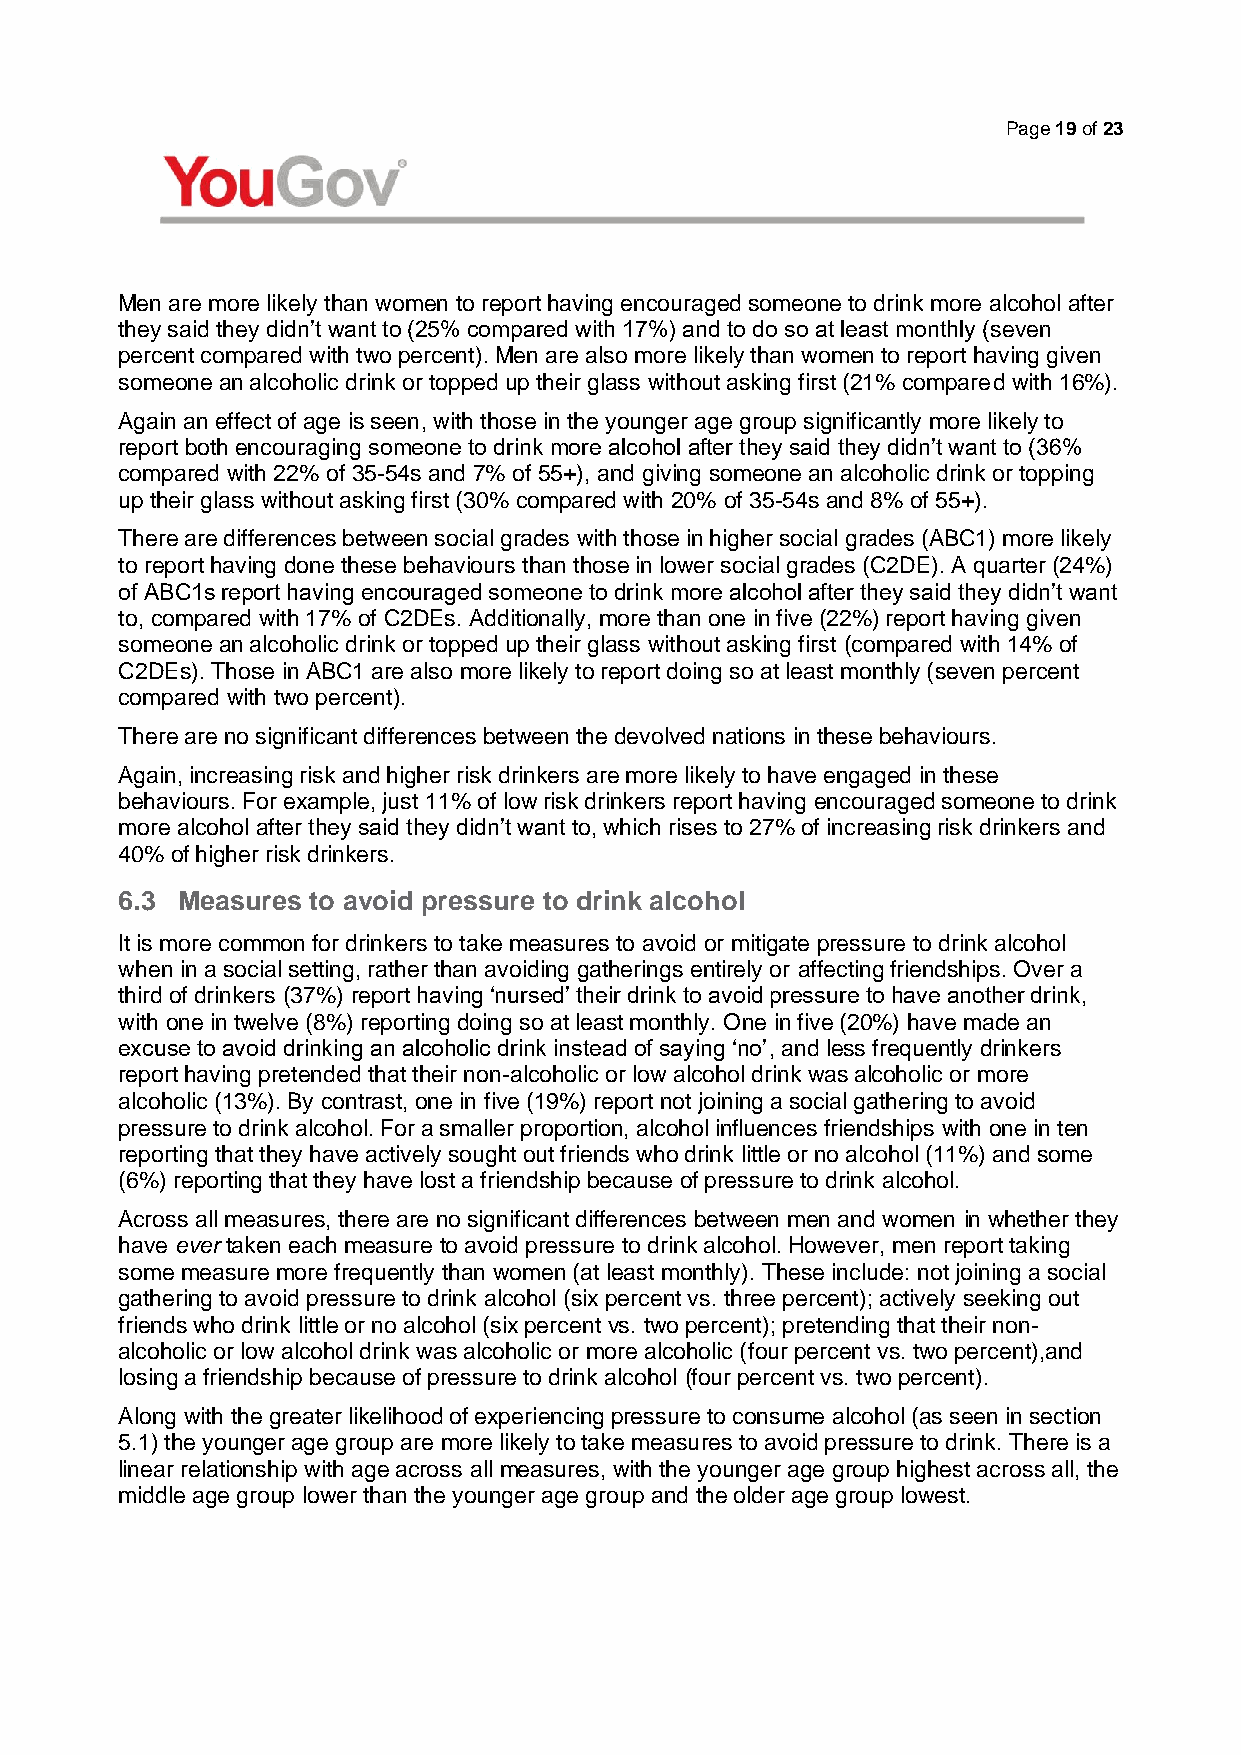
Page 19 of 23
 Men are more likely than women to report having encouraged someone to drink more alcohol after
 they said they didn’t want to (25% compared with 17%) and to do so at least monthly (seven
 percent compared with two percent). Men are also more likely than women to report having given
 someone an alcoholic drink or topped up their glass without asking first (21% compared with 16%).
 Again an effect of age is seen, with those in the younger age group significantly more likely to
 report both encouraging someone to drink more alcohol after they said they didn’t want to (36%
 compared with 22% of 35-54s and 7% of 55+), and giving someone an alcoholic drink or topping
 up their glass without asking first (30% compared with 20% of 35-54s and 8% of 55+).
 There are differences between social grades with those in higher social grades (ABC1) more likely
 to report having done these behaviours than those in lower social grades (C2DE). A quarter (24%)
 of ABC1s report having encouraged someone to drink more alcohol after they said they didn’t want
 to, compared with 17% of C2DEs. Additionally, more than one in five (22%) report having given
 someone an alcoholic drink or topped up their glass without asking first (compared with 14% of
 C2DEs). Those in ABC1 are also more likely to report doing so at least monthly (seven percent
 compared with two percent).
 There are no significant differences between the devolved nations in these behaviours.
 Again, increasing risk and higher risk drinkers are more likely to have engaged in these
 behaviours. For example, just 11% of low risk drinkers report having encouraged someone to drink
 more alcohol after they said they didn’t want to, which rises to 27% of increasing risk drinkers and
 40% of higher risk drinkers.
 6.3 Measures to avoid pressure to drink alcohol
 It is more common for drinkers to take measures to avoid or mitigate pressure to drink alcohol
 when in a social setting, rather than avoiding gatherings entirely or affecting friendships. Over a
 third of drinkers (37%) report having ‘nursed’ their drink to avoid pressure to have another drink,
 with one in twelve (8%) reporting doing so at least monthly. One in five (20%) have made an
 excuse to avoid drinking an alcoholic drink instead of saying ‘no’, and less frequently drinkers
 report having pretended that their non-alcoholic or low alcohol drink was alcoholic or more
 alcoholic (13%). By contrast, one in five (19%) report not joining a social gathering to avoid
 pressure to drink alcohol. For a smaller proportion, alcohol influences friendships with one in ten
 reporting that they have actively sought out friends who drink little or no alcohol (11%) and some
 (6%) reporting that they have lost a friendship because of pressure to drink alcohol.
 Across all measures, there are no significant differences between men and women in whether they
 have ever taken each measure to avoid pressure to drink alcohol. However, men report taking
 some measure more frequently than women (at least monthly). These include: not joining a social
 gathering to avoid pressure to drink alcohol (six percent vs. three percent); actively seeking out
 friends who drink little or no alcohol (six percent vs. two percent); pretending that their non-
 alcoholic or low alcohol drink was alcoholic or more alcoholic (four percent vs. two percent),and
 losing a friendship because of pressure to drink alcohol (four percent vs. two percent).
 Along with the greater likelihood of experiencing pressure to consume alcohol (as seen in section
 5.1) the younger age group are more likely to take measures to avoid pressure to drink. There is a
 linear relationship with age across all measures, with the younger age group highest across all, the
 middle age group lower than the younger age group and the older age group lowest.